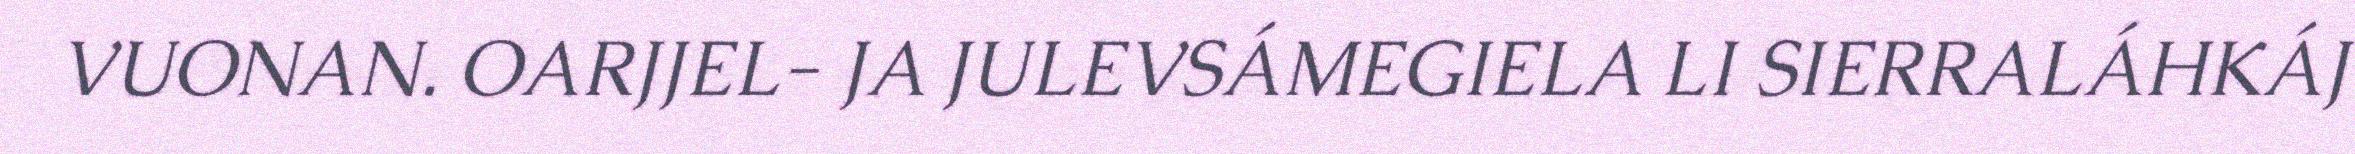
VUONAN. OARJJEL- JA JULEVSÁMEGIELA LI SIERRALÁHKÁJ